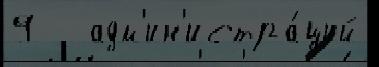
9   адм'ин'истра́ций